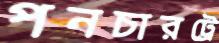
পনচারট্রে